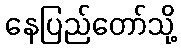
နေပြည်တော်သို့